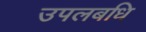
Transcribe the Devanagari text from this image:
उपलबधि